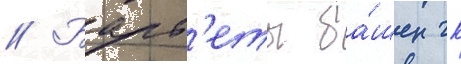
// Барб'еты ба́шен гк